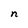
Character: n